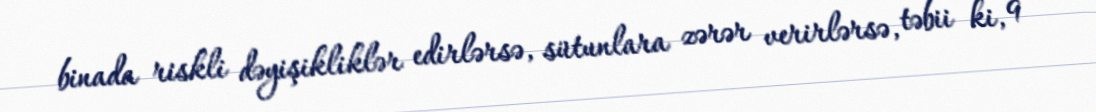
binada riskli dəyişikliklər edirlərsə, sütunlara zərər verirlərsə, təbii ki, 9